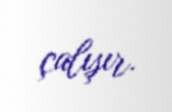
çalışır.